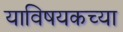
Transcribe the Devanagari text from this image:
याविषयकच्या